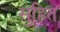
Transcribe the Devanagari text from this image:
सुहित